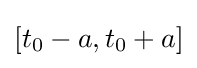
[t_{0}-a,t_{0}+a]